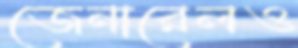
জেনারেলও